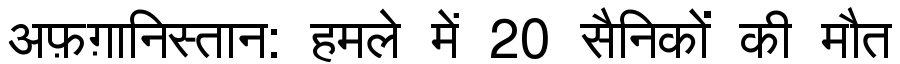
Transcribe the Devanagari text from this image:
अफ़ग़ानिस्तान: हमले में 20 सैनिकों की मौत